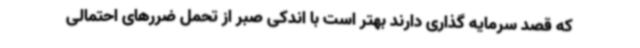
که قصد سرمایه گذاری دارند بهتر است با اندکی صبر از تحمل ضررهای احتمالی